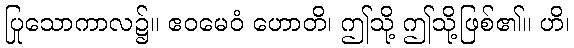
ပြုသောကာလ၌။ ဧဝမေဝံ ဟောတိ၊ ဤသို့ ဤသို့ဖြစ်၏။ ဟိ၊